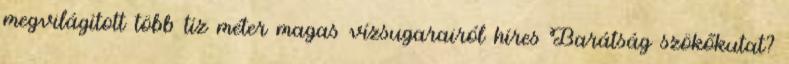
megvilágított több tíz méter magas vízsugarairól híres Barátság szökőkutat?